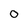
Character: O